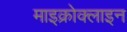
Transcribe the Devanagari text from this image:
माइक्रोक्लाइन